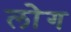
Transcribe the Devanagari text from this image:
लाेेग